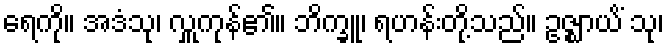
ရေကို။ အဒံသု၊ လှူကုန်၏။ ဘိက္ခူ၊ ရဟန်းတို့သည်။ ဥဇ္ဈာယိံ သု၊